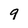
Character: 9